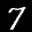
Label: 7